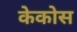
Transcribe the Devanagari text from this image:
केकोस